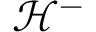
{ \mathcal { H } } ^ { - }